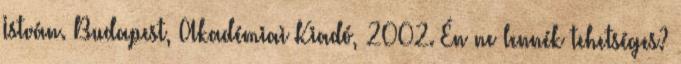
István. Budapest, Akadémiai Kiadó, 2002. Én ne lennék tehetséges?